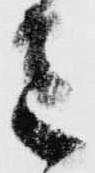
さ